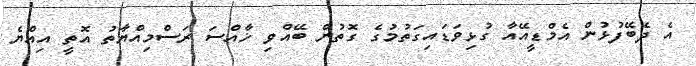
އެ ދެބޭފުޅުން އެމްޑީއޭއާ ގުޅިވަޑައިގަތުމުގެ ގޮތުން ބޭއްވި ޚާއްސަ ރަސްމިއްޔާތު އޮތީ އިއްޔެ